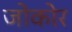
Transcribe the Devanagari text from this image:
जोकोर